画像に写った文字を読んでください
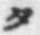
「タ」と書いてあります